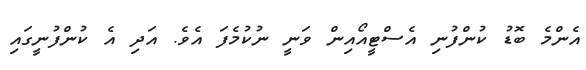
އެންމެ ބޮޑު ކުންފުނި އެސްޓީއޯއިން ވަނީ ނުކުމެފަ އެވެ. އަދި އެ ކުންފުނީގައި